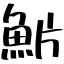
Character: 魸